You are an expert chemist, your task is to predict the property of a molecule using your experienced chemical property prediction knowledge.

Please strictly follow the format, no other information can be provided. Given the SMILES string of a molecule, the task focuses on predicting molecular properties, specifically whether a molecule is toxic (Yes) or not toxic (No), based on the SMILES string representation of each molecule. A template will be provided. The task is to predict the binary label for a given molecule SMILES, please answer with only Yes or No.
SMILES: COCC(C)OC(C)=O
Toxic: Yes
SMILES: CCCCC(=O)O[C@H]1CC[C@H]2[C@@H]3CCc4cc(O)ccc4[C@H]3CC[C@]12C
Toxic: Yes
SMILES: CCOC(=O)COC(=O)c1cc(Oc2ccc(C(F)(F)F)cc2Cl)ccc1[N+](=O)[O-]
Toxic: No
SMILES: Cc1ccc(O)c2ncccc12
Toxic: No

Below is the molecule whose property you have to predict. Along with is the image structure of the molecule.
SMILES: O=[N+]([O-])c1cccc2cccc([N+](=O)[O-])c12
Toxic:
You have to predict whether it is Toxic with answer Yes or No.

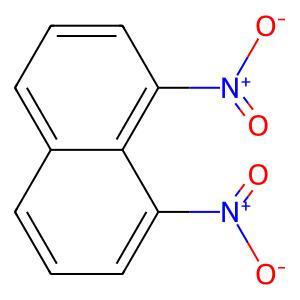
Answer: No